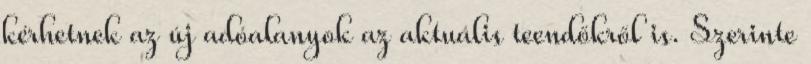
kérhetnek az új adóalanyok az aktuális teendőkről is. Szerinte